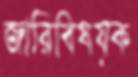
জারিবিষয়ক